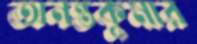
অনন্তকুমার